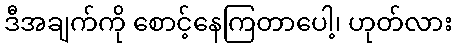
ဒီအချက်ကို စောင့်နေကြတာပေါ့၊ ဟုတ်လား